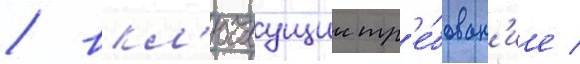
/ вкл'ючаущии тр'е́бован'ие /